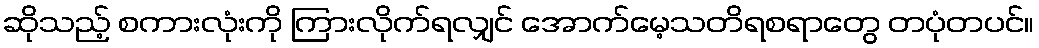
ဆိုသည့် စကားလုံးကို ကြားလိုက်ရလျှင် အောက်မေ့သတိရစရာတွေ တပုံတပင်။